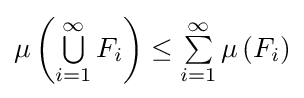
\mu \left(\textstyle \bigcup \limits _{i=1}^{\infty }F_{i}\right)\leq \textstyle \sum \limits _{i=1}^{\infty }\mu \left(F_{i}\right)